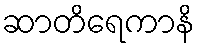
ဆာတိရေကာနိ